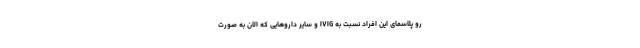
رو پلاسمای این افراد نسبت به IVIG و سایر داروهایی که الان به صورت